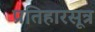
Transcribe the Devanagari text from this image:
प्रतिहारसूत्र